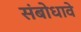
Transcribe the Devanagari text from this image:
संबोधावे